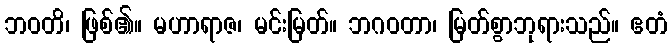
ဘဝတိ၊ ဖြစ်၏။ မဟာရာဇ၊ မင်းမြတ်။ ဘဂဝတာ၊ မြတ်စွာဘုရားသည်။ ဧတံ